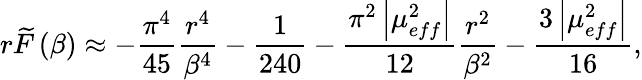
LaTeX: r\widetilde{F}\left(\beta\right)\approx-\frac{\pi^{4}}{45}\frac{r^{4}}{\beta^{4}}-\frac{1}{240}-\frac{\pi^{2}\left|\mu_{eff}^{2}\right|}{12}\frac{r^{2}}{\beta^{2}}-\frac{3\left|\mu_{eff}^{2}\right|}{16},